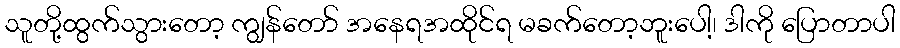
သူတို့ထွက်သွားတော့ ကျွန်တော် အနေရအထိုင်ရ မခက်တော့ဘူးပေါ့၊ ဒါကို ပြောတာပါ